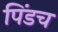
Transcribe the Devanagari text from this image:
पिंडच